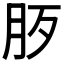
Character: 𣧚